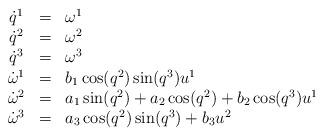
LaTeX: \begin{align*}\begin{array}{ccl}\dot{q}^{1} & = & \omega^{1}\\\dot{q}^{2} & = & \omega^{2}\\\dot{q}^{3} & = & \omega^{3}\\\dot{\omega}^{1} & = & b_{1}\cos(q^{2})\sin(q^{3})u^{1}\\\dot{\omega}^{2} & = & a_{1}\sin(q^{2})+a_{2}\cos(q^{2})+b_{2}\cos(q^{3})u^{1}\\\dot{\omega}^{3} & = & a_{3}\cos(q^{2})\sin(q^{3})+b_{3}u^{2}\end{array}\end{align*}